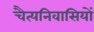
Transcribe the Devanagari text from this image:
चैत्यनिवासियों